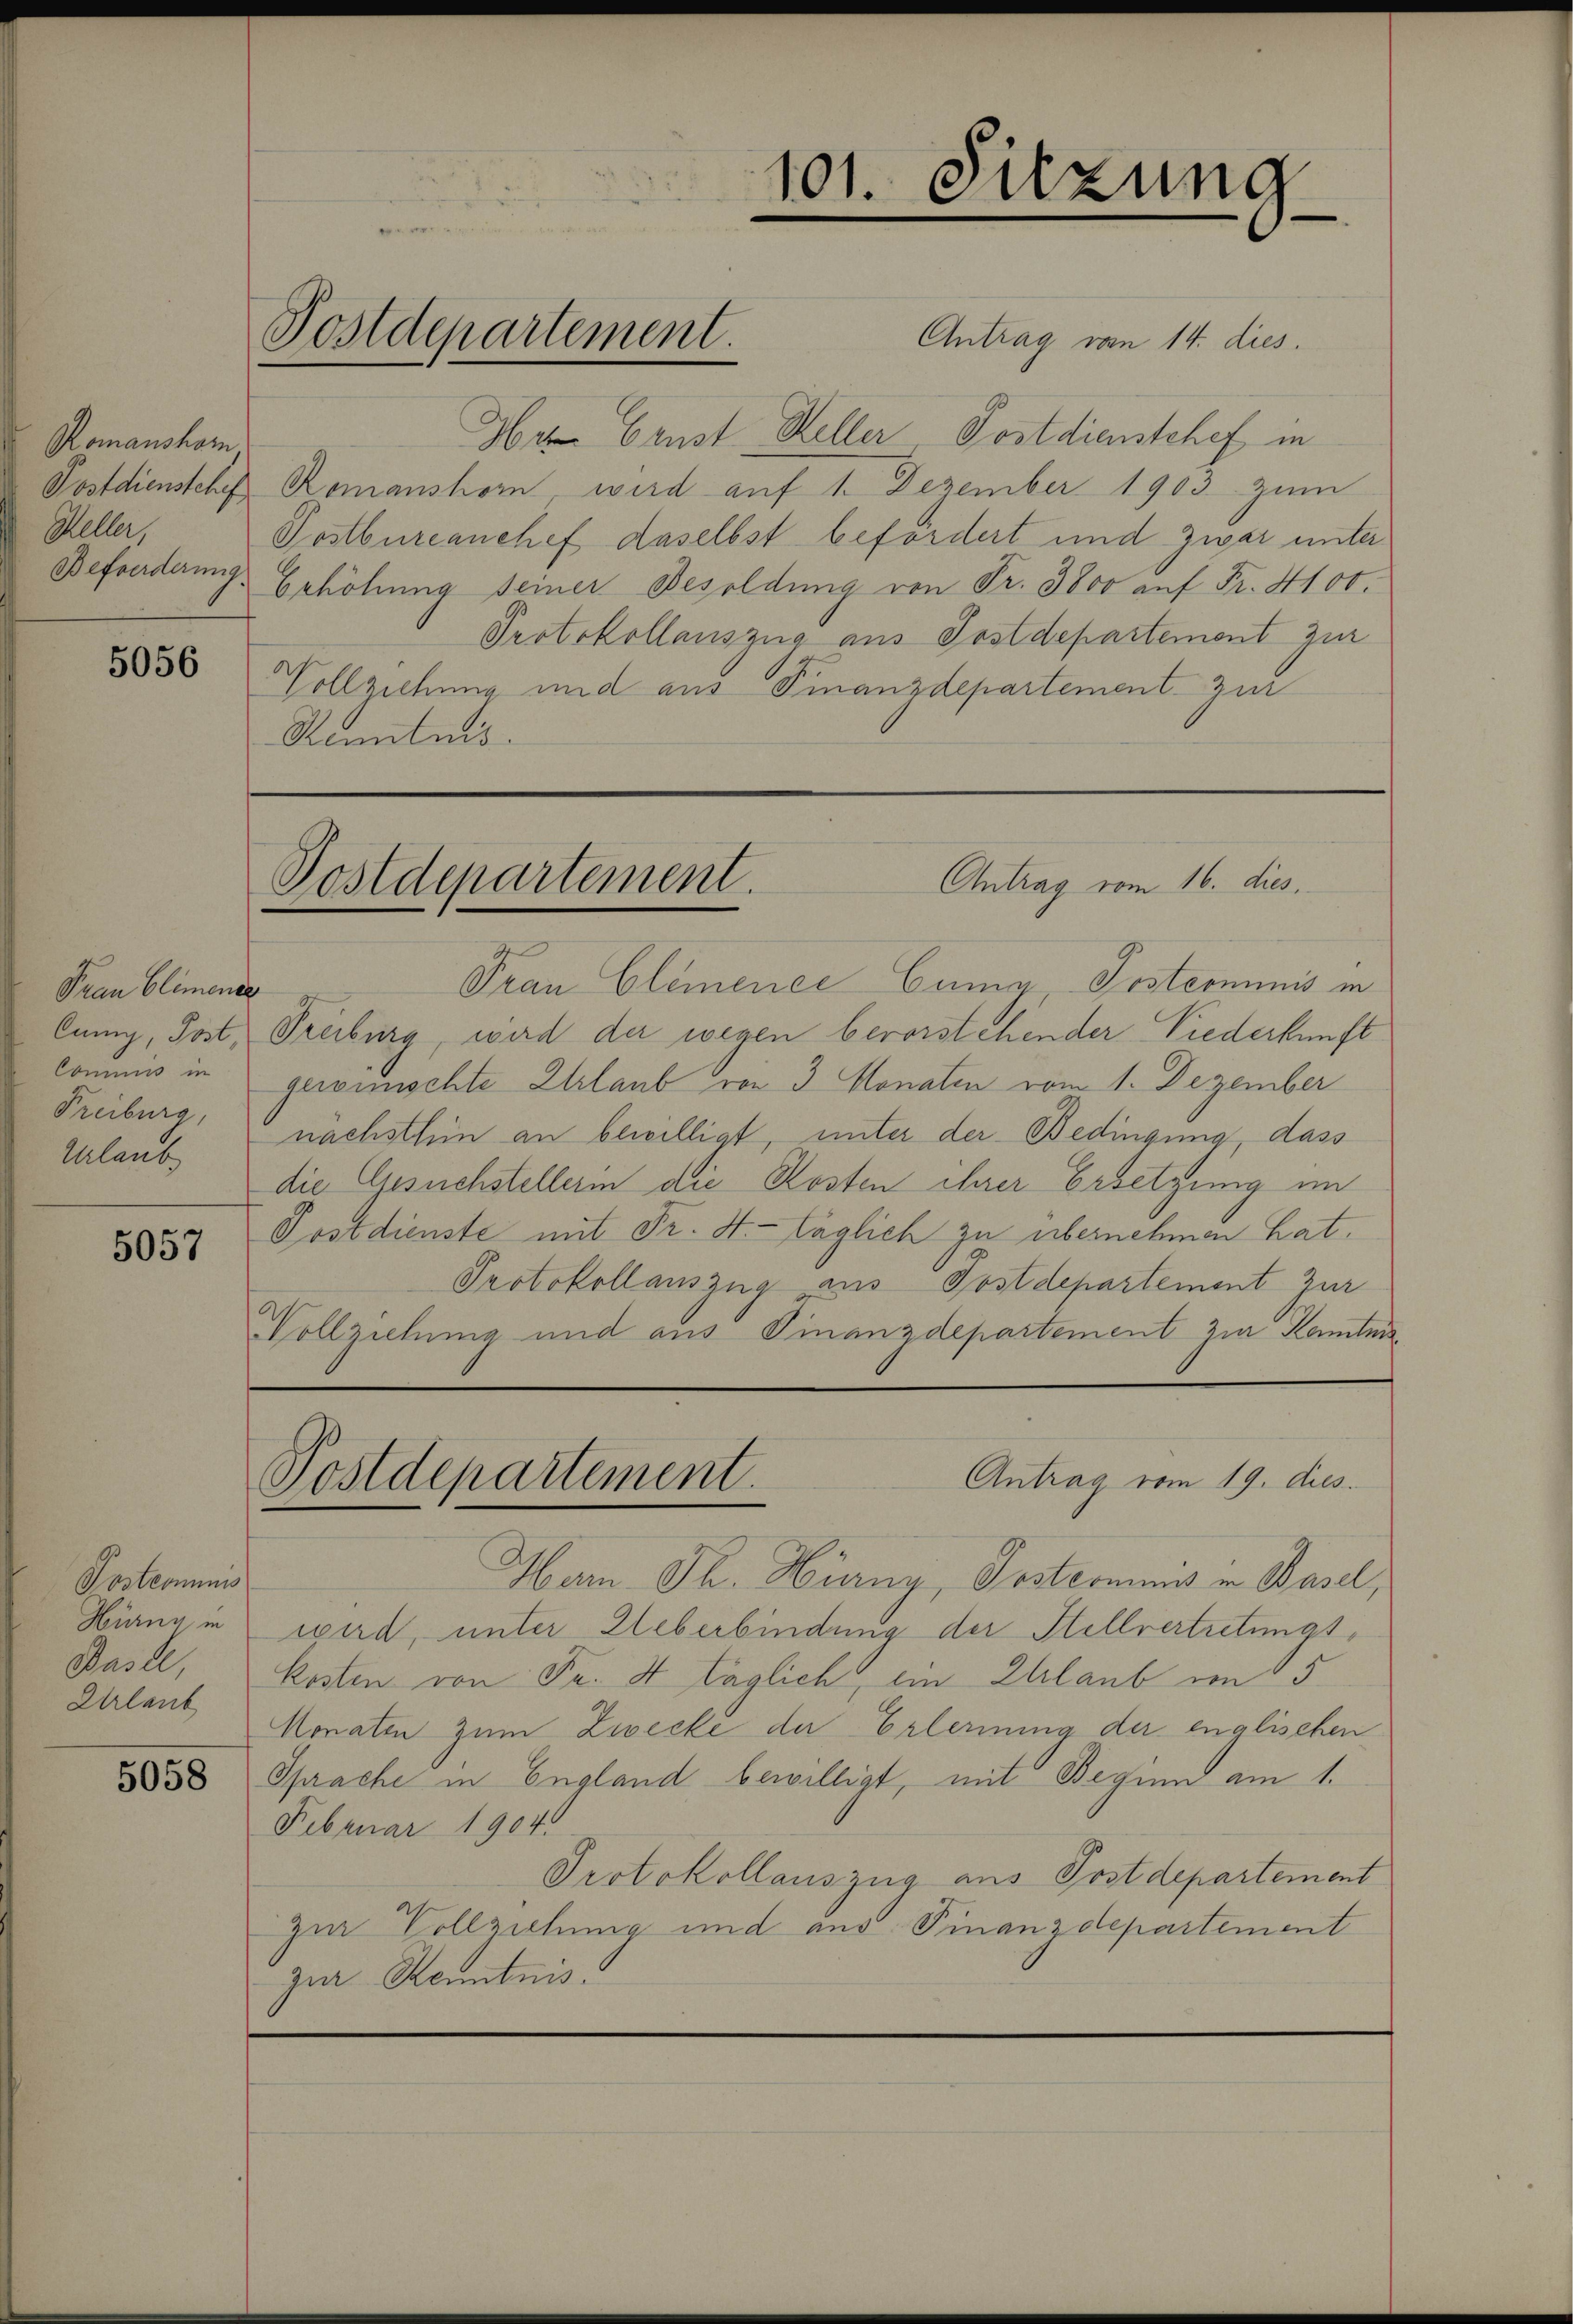
Romanshorn
Keller,
Befoerderung

5056

Prau Climense
Cung, Post,
Commis in
Freiburg,
Urlaube

5057

Postcommis
Hurng, in
Basle,
Urlaub

5058

Postdepartement.

Antrag von 14. dies
Her Ernst Heller Postdienstchef in
Postdienstehen Romanshorn, wird auf 1. Dezember 1903 zum
Postbureanchef daselbst befördert und zwar unter
Erhöhung seiner Besoldung von Fr. 3800 auf Fr. 4100.
Protokollauszug aus Postdepartement zur
Vollziehung und aus Finanzdepartement zur
Renntnis.

Frau Clemence Cuny, Pestammunis in
Treiburg, wird der wegen bevorstehender Niederkunft
gewünschte Erlaub von 3 Monaten vom 1. Dezember
nächsthin an bewilligt, unter der Bedingung, dass
die Ansuchstellerin die Kosten ihrer Ersetzung im
Postdienste mit Fr. St. täglich zu übernehmen hat.
Protokollauszug aus Postdepartement zur
Vollziehung und aus Finanzdepartement zur Kamini¬

Ham Th. Hirny, Postcommis in Basel,
wird, unter Ueberbindung der Stellvertretungskosten von Fr. 4 täglich, ein Erlaub im 15.
Monaten zum Zwecke der Erlernung der englischen
Sprache in England bewilligt, mit Beginn am 1.
Februar 1904.
Protokollauszug aus Postdepartement
zur Vollziehung und aus Finanzdepartement
zur Kenntnis

101. Sitzung

Antrag vom 16. dies.
Postdepartement

Antrag vom 19. dies
Postdepartement.